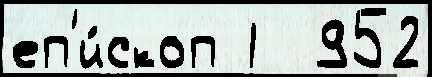
еп'и́скоп 1  952